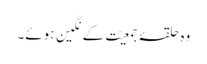
وہ حلقۂ جمعیّت کے نِگین ہوئے۔